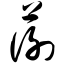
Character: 蘅